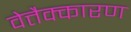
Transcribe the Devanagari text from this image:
वेत्तैक्कारण